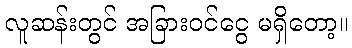
လူဆန်းတွင် အခြားဝင်ငွေ မရှိတော့။